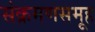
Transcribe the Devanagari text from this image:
संक्रमणसमूह